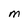
Character: M